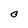
Character: O